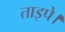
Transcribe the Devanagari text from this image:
ताइपे।